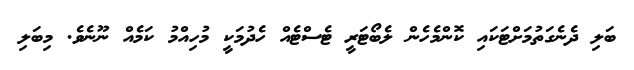
ބަލި ދެނެގަތުމަށްޓަކައި ކޮންމެހެން ލެބޯޓަރީ ޓެސްޓެއް ހެދުމަކީ މުހިއްމު ކަމެއް ނޫނެވެ. މިބަލި